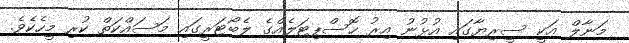
މަނާލް އަކީ ސީރިޔާގައި އުޅުނު އިރު ހޮސްޕިޓަލެއްގެ ލެބޯޓަރީގައި މަސައްކަތް ކުރި މީހެކެވެ.